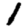
Digit: 1